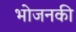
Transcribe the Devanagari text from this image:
भोजनकी